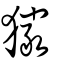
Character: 玁